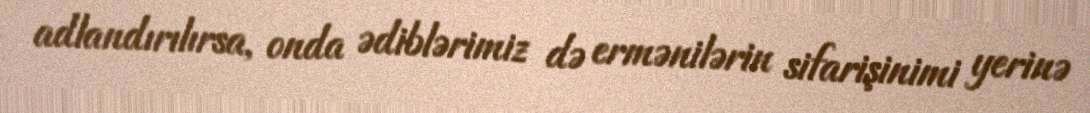
adlandırılırsa, onda ədiblərimiz də ermənilərin sifarişinimi yerinə